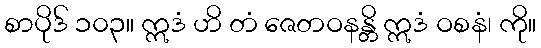
စာပိုဒ် ၁၀၃။ ဣဒံ ဟိ တံ ဇေတဝနန္တိ ဣဒံ ဝစနံ၊ ကို။